Leaving Certificate Examination (including Day School Certificate (Higher) General paper), 1938
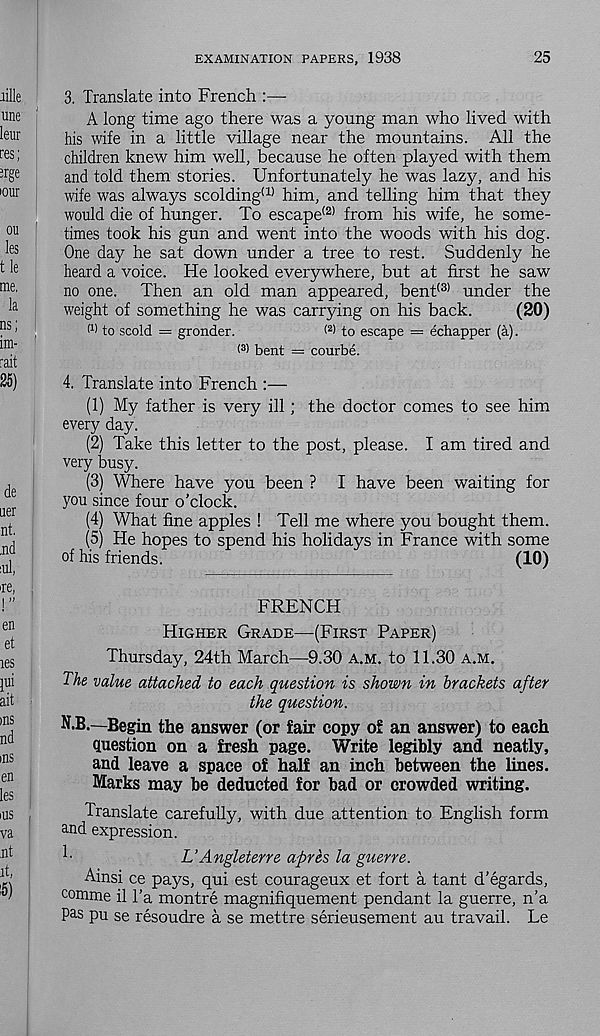
EXAMINATION PAPERS, 1938
25
3. Translate into French
A long time ago there was a young man who lived with
his wife in a little village near the mountains. All the
children knew him well, because he often played with them
and told them stories. Unfortunately he was lazy, and his
wife was always scolding (1) him, and telling him that they
would die of hunger. To escape (2) from his wife, he some-
times took his gun and went into the woods with his dog.
One day he sat down under a tree to rest. Suddenly he
heard a voice. He looked everywhere, but at first he saw
no one. Then an old man appeared, bent <3) under the
weight of something he was carrying on his back.
(20)
(1 > to scold = gronder.
( 2 > to escape = echapper (a).
< 3 > bent = courbe.
4. Translate into French :—
(1) My father is very ill; the doctor comes to see him
every day.
(2) Take this letter to the post, please. I am tired and
very busy.
(3) Where have you been ? I have been waiting for
you since four o’clock.
(4) What fine apples ! Tell me where you bought them.
(5) He hopes to spend his holidays in France with some
of his friends.
(10)
FRENCH
HIGHER GRADE—(FIRST PAPER)
Thursday, 24th March—9.30 A.M. to 11.30 A.M.
The value attached to each question is shown in brackets after
the question.
N.B.—Begin the answer (or fair copy of an answer) to each
question on a fresh page. Write legibly and neatly,
and leave a space of half an inch between the lines.
Marks may be deducted for bad or crowded writing.
Translate carefully, with due attention to English form
and expression.
L’Angleterre apres la guerre.
Ainsi ce pays, qui est courageux et fort a tant d’egards,
comme il Ta montre magnifiquement pendant la guerre, n’a
pas pu se resoudre a se mettre serieusement au travail. Le